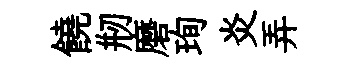
饒剏磨珣炎弄